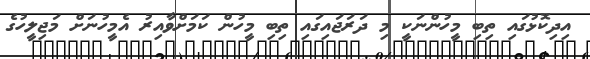
އިދިކޮޅުގައި ތިބި މީހުންނަކީ މި ދަރަޖައިގައި ތިބި މީހުން ކަމަށްވާއިރު އެމީހުނަށް މަޖިލީހުގެ